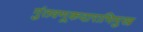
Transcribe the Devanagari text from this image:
गुंतवणूकदाराभिमुख